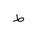
Letter: _da